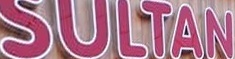
SULTAN